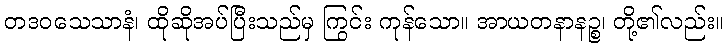
တဒဝသေသာနံ၊ ထိုဆိုအပ်ပြီးသည်မှ ကြွင်း ကုန်သော။ အာယတနာနဉ္စ၊ တို့၏လည်း။